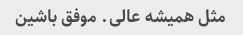
مثل همیشه عالی. موفق باشین